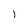
Character: l